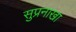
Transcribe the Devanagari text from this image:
सुप्रनाखा